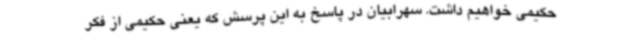
حکیمی خواهیم داشت. سهرابیان در پاسخ به این پرسش که یعنی حکیمی از فکر